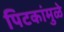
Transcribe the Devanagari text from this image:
पिटकांमुळे